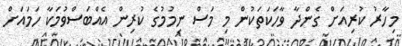
މިހާރު ކުރިއަށް ގެންދާ ވާހަކަތަކުން މި މަސް ނިމުމުގެ ކުރިން އެއްބަސްވުމަކާ ހަމައަށް